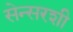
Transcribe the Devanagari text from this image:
सेन्सरशी